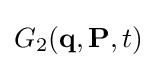
G_{2}(\mathbf {q} ,\mathbf {P} ,t)